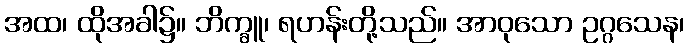
အထ၊ ထိုအခါ၌။ ဘိက္ခူ၊ ရဟန်းတို့သည်။ အာဝုသော ဥဂ္ဂသေန၊